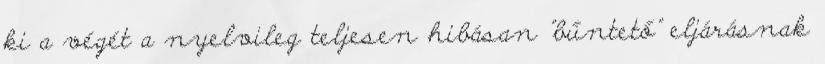
ki a végét a nyelvileg teljesen hibásan "bűntető" eljárásnak